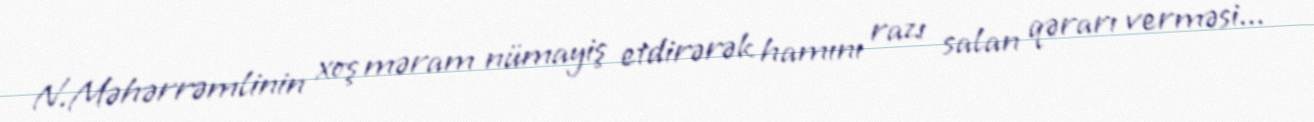
N.Məhərrəmlinin xoş məram nümayiş etdirərək hamını razı salan qərarı verməsi...